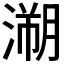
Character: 𱨉